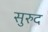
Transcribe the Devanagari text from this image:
सुरुद